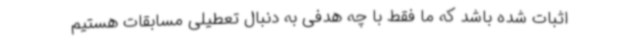
اثبات شده باشد که ما فقط با چه هدفی به دنبال تعطیلی مسابقات هستیم